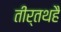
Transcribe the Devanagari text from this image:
तीर्तथहै